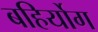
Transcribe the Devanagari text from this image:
बहिर्योग